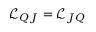
\mathcal { L } _ { Q J } = \mathcal { L } _ { J Q }